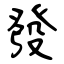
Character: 發